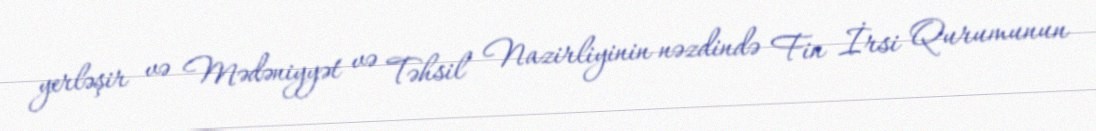
yerləşir və Mədəniyyət və Təhsil Nazirliyinin nəzdində Fin İrsi Qurumunun